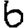
Digit: 6